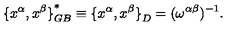
{ \{ x ^ { \alpha } , x ^ { \beta } \} } _ { G B } ^ { \ast } \equiv { \{ x ^ { \alpha } , x ^ { \beta } \} } _ { D } = ( \omega ^ { \alpha \beta } ) ^ { - 1 } .